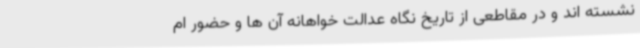
نشسته اند و در مقاطعی از تاریخ نگاه عدالت خواهانه آن ها و حضور ام